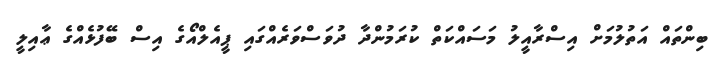
ބިންތައް އަތުލުމަށް އިސްރާއީލު މަަސައްކަތް ކުރަމުންދާ ދުވަސްވަރެއްގައި ޕީއެލްއޯގެ އިސް ބޭފުޅެއްގެ ޢާއިލީ